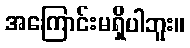
အကြောင်းမရှိပါဘူး။